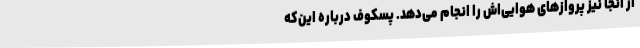
از آنجا نیز پروازهای هوایی‌اش را انجام می‌دهد. پسکوف درباره این‌که